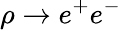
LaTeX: \rho\to e^{+}e^{-}